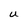
Character: U